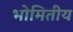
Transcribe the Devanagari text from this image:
भोमितीय